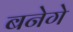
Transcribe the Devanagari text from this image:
बनेगे